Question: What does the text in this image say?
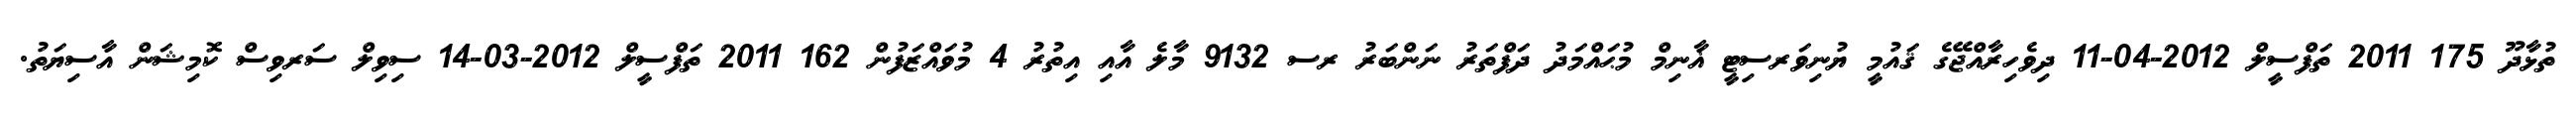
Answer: ތުޅާދޫ 175 2011 ތަފްސީލް 2012-04-11 ދިވެހިރާއްޖޭގެ ޤައުމީ ޔުނިވަރސިޓީ ޣާނިމް މުޙައްމަދު ދަފްތަރު ނަންބަރު ރސ 9132 މާލެ އާއި އިތުރު 4 މުވައްޒަފުން 162 2011 ތަފްސީލް 2012-03-14 ސިވިލް ސަރވިސް ކޮމިޝަން އާސިޔަތު.